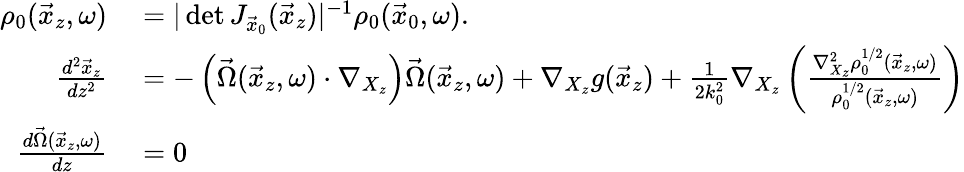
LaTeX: \begin{array}{rl}{\rho_{0}(\vec{x}_{z},\omega)}&{{}=|\operatorname*{det}J_{\vec{x}_{0}}(\vec{x}_{z})|^{-1}\rho_{0}(\vec{x}_{0},\omega).}\\ {\frac{d^{2}\vec{x}_{z}}{dz^{2}}}&{{}=-\left(\vec{\Omega}(\vec{x}_{z},\omega)\cdot\nabla_{X_{z}}\right)\vec{\Omega}(\vec{x}_{z},\omega)+\nabla_{X_{z}}g(\vec{x}_{z})+\frac{1}{2k_{0}^{2}}\nabla_{X_{z}}\left(\frac{\nabla_{X_{z}}^{2}\rho_{0}^{1/2}(\vec{x}_{z},\omega)}{\rho_{0}^{1/2}(\vec{x}_{z},\omega)}\right)}\\ {\frac{d\vec{\Omega}(\vec{x}_{z},\omega)}{dz}}&{{}=0}\end{array}